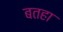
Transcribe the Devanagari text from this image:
बतहा